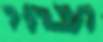
הבהיר